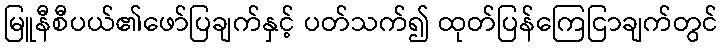
မြူနီစီပယ်၏ဖော်ပြချက်နှင့် ပတ်သက်၍ ထုတ်ပြန်ကြေငြာချက်တွင်